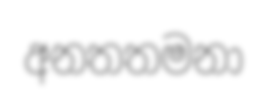
අනතතමනා